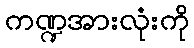
ကဏ္ဍအားလုံးကို